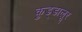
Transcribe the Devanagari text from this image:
कुड्डालूर